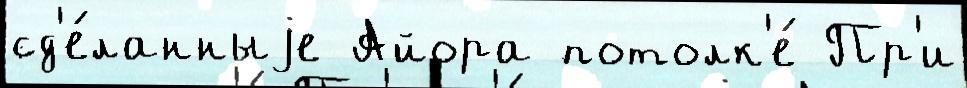
сд'е́ланныjе Айора потолк'е́ Пр'и